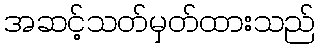
အဆင့်သတ်မှတ်ထားသည်